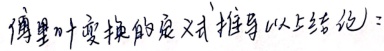
傅里叶变换的定义式推导以上结论：